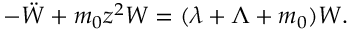
- \ddot { W } + m _ { 0 } z ^ { 2 } W = ( \lambda + \Lambda + m _ { 0 } ) W .